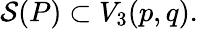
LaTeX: {\cal S}(P)\subset V_{3}(p,q).